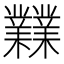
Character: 𪴨